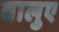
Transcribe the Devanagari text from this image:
वालुए